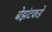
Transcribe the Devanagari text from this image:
बेझंटकडे